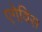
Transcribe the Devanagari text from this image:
एगेविस